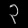
Digit: ၃